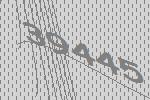
39445